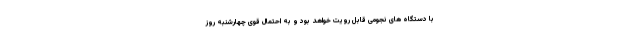
با دستگاه های نجومی قابل رویت خواهد بود و به احتمال قوی چهارشنبه روز